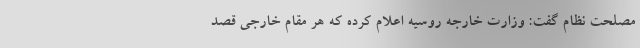
مصلحت نظام گفت: وزارت خارجه روسیه اعلام کرده که هر مقام خارجی قصد